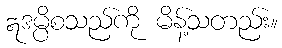
ဣဒမ္ပိစသည်ကို မိန့်သတည်း။